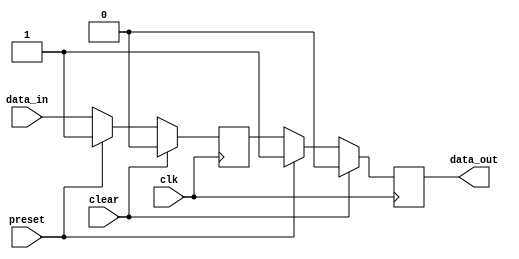
module edge_triggered_latch (
    input wire clk,
    input wire clear,
    input wire preset,
    input wire data_in,
    output reg data_out
);

reg d_ff;

always @(posedge clk) begin
    if (clear) begin
        d_ff <= 1'b0;
    end else if (preset) begin
        d_ff <= 1'b1;
    end else begin
        d_ff <= data_in;
    end
end

always @(posedge clk) begin
    if (clear) begin
        data_out <= 1'b0;
    end else if (preset) begin
        data_out <= 1'b1;
    end else begin
        data_out <= d_ff;
    end
end

endmodule